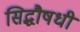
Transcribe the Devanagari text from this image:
सिद्धौषधी